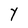
Character: Y